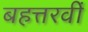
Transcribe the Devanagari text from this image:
बहत्तरवीं